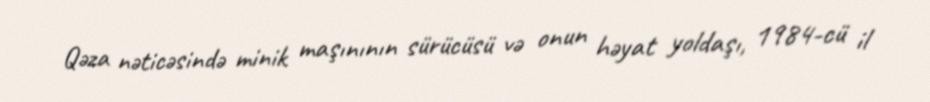
Qəza nəticəsində minik maşınının sürücüsü və onun həyat yoldaşı, 1984-cü il